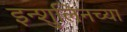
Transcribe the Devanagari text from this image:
इन्शुलिनच्या